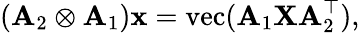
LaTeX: (\mathbf{A}_{2}\otimes\mathbf{A}_{1})\mathbf{x}=\mathrm{vec}(\mathbf{A}_{1}\mathbf{X}\mathbf{A}_{2}^{\top}),